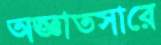
অজ্ঞাতসারে